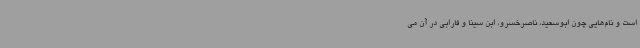
است و نام‌هایی چون ابوسعید، ناصرخسرو، ابن سینا و فارابی در آن می‌